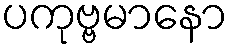
ပကုဗ္ဗမာနော